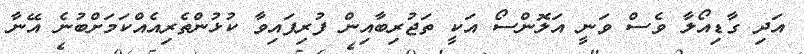
އަދި ގާޑިއޯލާ ވެސް ވަނީ އަލޮންސޯ އަކީ ތަޖުރިބާއިން ފުރިފައިވާ ކުޅުންތެރިއެއްކަމަށްބުނެ އޭނާ